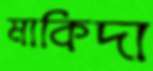
মাকিদা